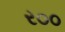
ર૦૦